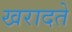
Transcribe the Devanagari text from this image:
खरादते